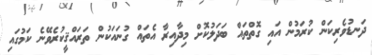
ދަނޑުވެރިކަން ކުރަމުން އައި ގޮތްތައް ބަދަލުކޮށް މިދާއިރާ އެތައް ގުނައަކުން ތަރައްޤީކުރެވޭނެ ކަމުގައި